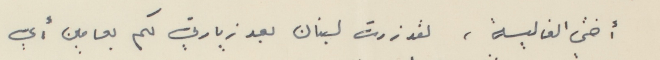
أختي الغالية، لقد زرتَ لبنان بعد زيارتي لكم بعامين أي